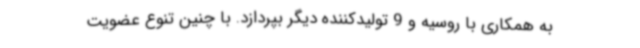
به همکاری با روسیه و 9 تولیدکننده دیگر بپردازد. با چنین تنوع عضویت